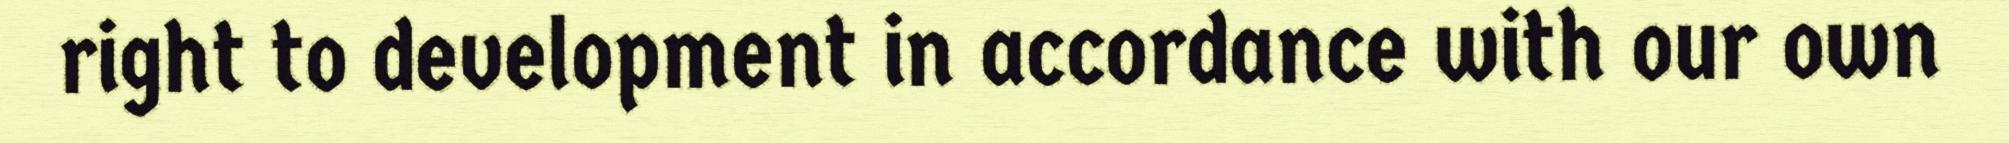
right to development in accordance with our own